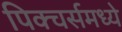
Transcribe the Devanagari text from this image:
पिक्चर्समध्ये